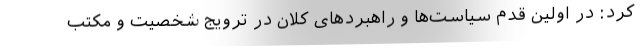
کرد: در اولین قدم سیاست‌ها و راهبردهای کلان در ترویج شخصیت و مکتب